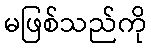
မဖြစ်သည်ကို